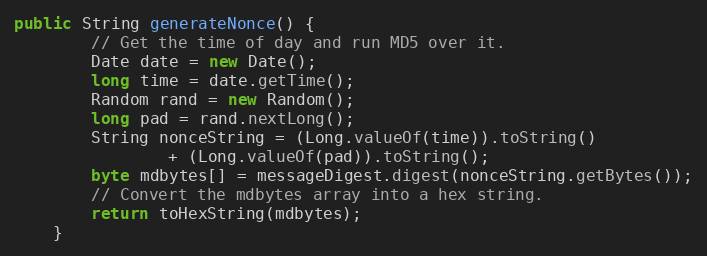
Language: Java
public String generateNonce() {
		// Get the time of day and run MD5 over it.
		Date date = new Date();
		long time = date.getTime();
		Random rand = new Random();
		long pad = rand.nextLong();
		String nonceString = (Long.valueOf(time)).toString()
				+ (Long.valueOf(pad)).toString();
		byte mdbytes[] = messageDigest.digest(nonceString.getBytes());
		// Convert the mdbytes array into a hex string.
		return toHexString(mdbytes);
	}